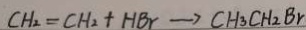
C H _ { 2 } = C H _ { 2 } + H B r \rightarrow C H _ { 3 } C H _ { 2 } B r